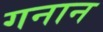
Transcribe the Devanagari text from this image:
गनान